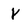
Character: y